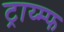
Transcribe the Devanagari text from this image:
ट्राय्म्फ